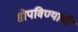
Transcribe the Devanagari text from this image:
सोपविण्याची